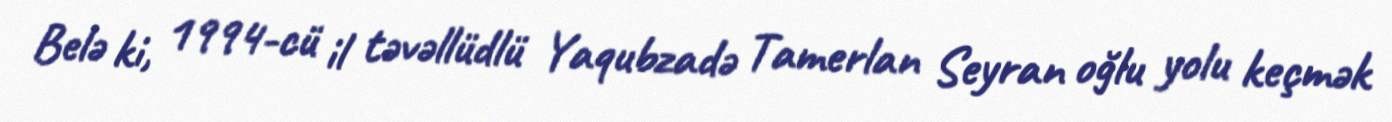
Belə ki, 1994-cü il təvəllüdlü Yaqubzadə Tamerlan Seyran oğlu yolu keçmək